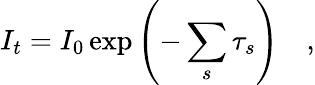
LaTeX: I_{t}=I_{0}\exp\left(-\sum_{s}\tau_{s}\right)\quad,